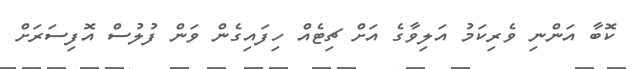
ކޮބާ އަންނި ވެރިކަމު އަލިވާގެ އަށް ޗިޓެއް ހިފައިގެން ވަން ފުލުސް އޮފިސަރަށް